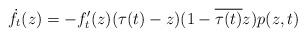
LaTeX: \begin{align*}\dot{f}_t (z) = - f_t'(z) (\tau(t) - z)(1 - \overline{\tau(t)}z) p(z, t)\end{align*}